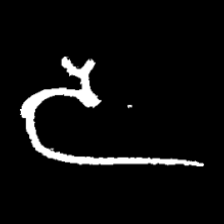
Pyu character \u2014 Myanmar letter: ဒ (romanized: da)